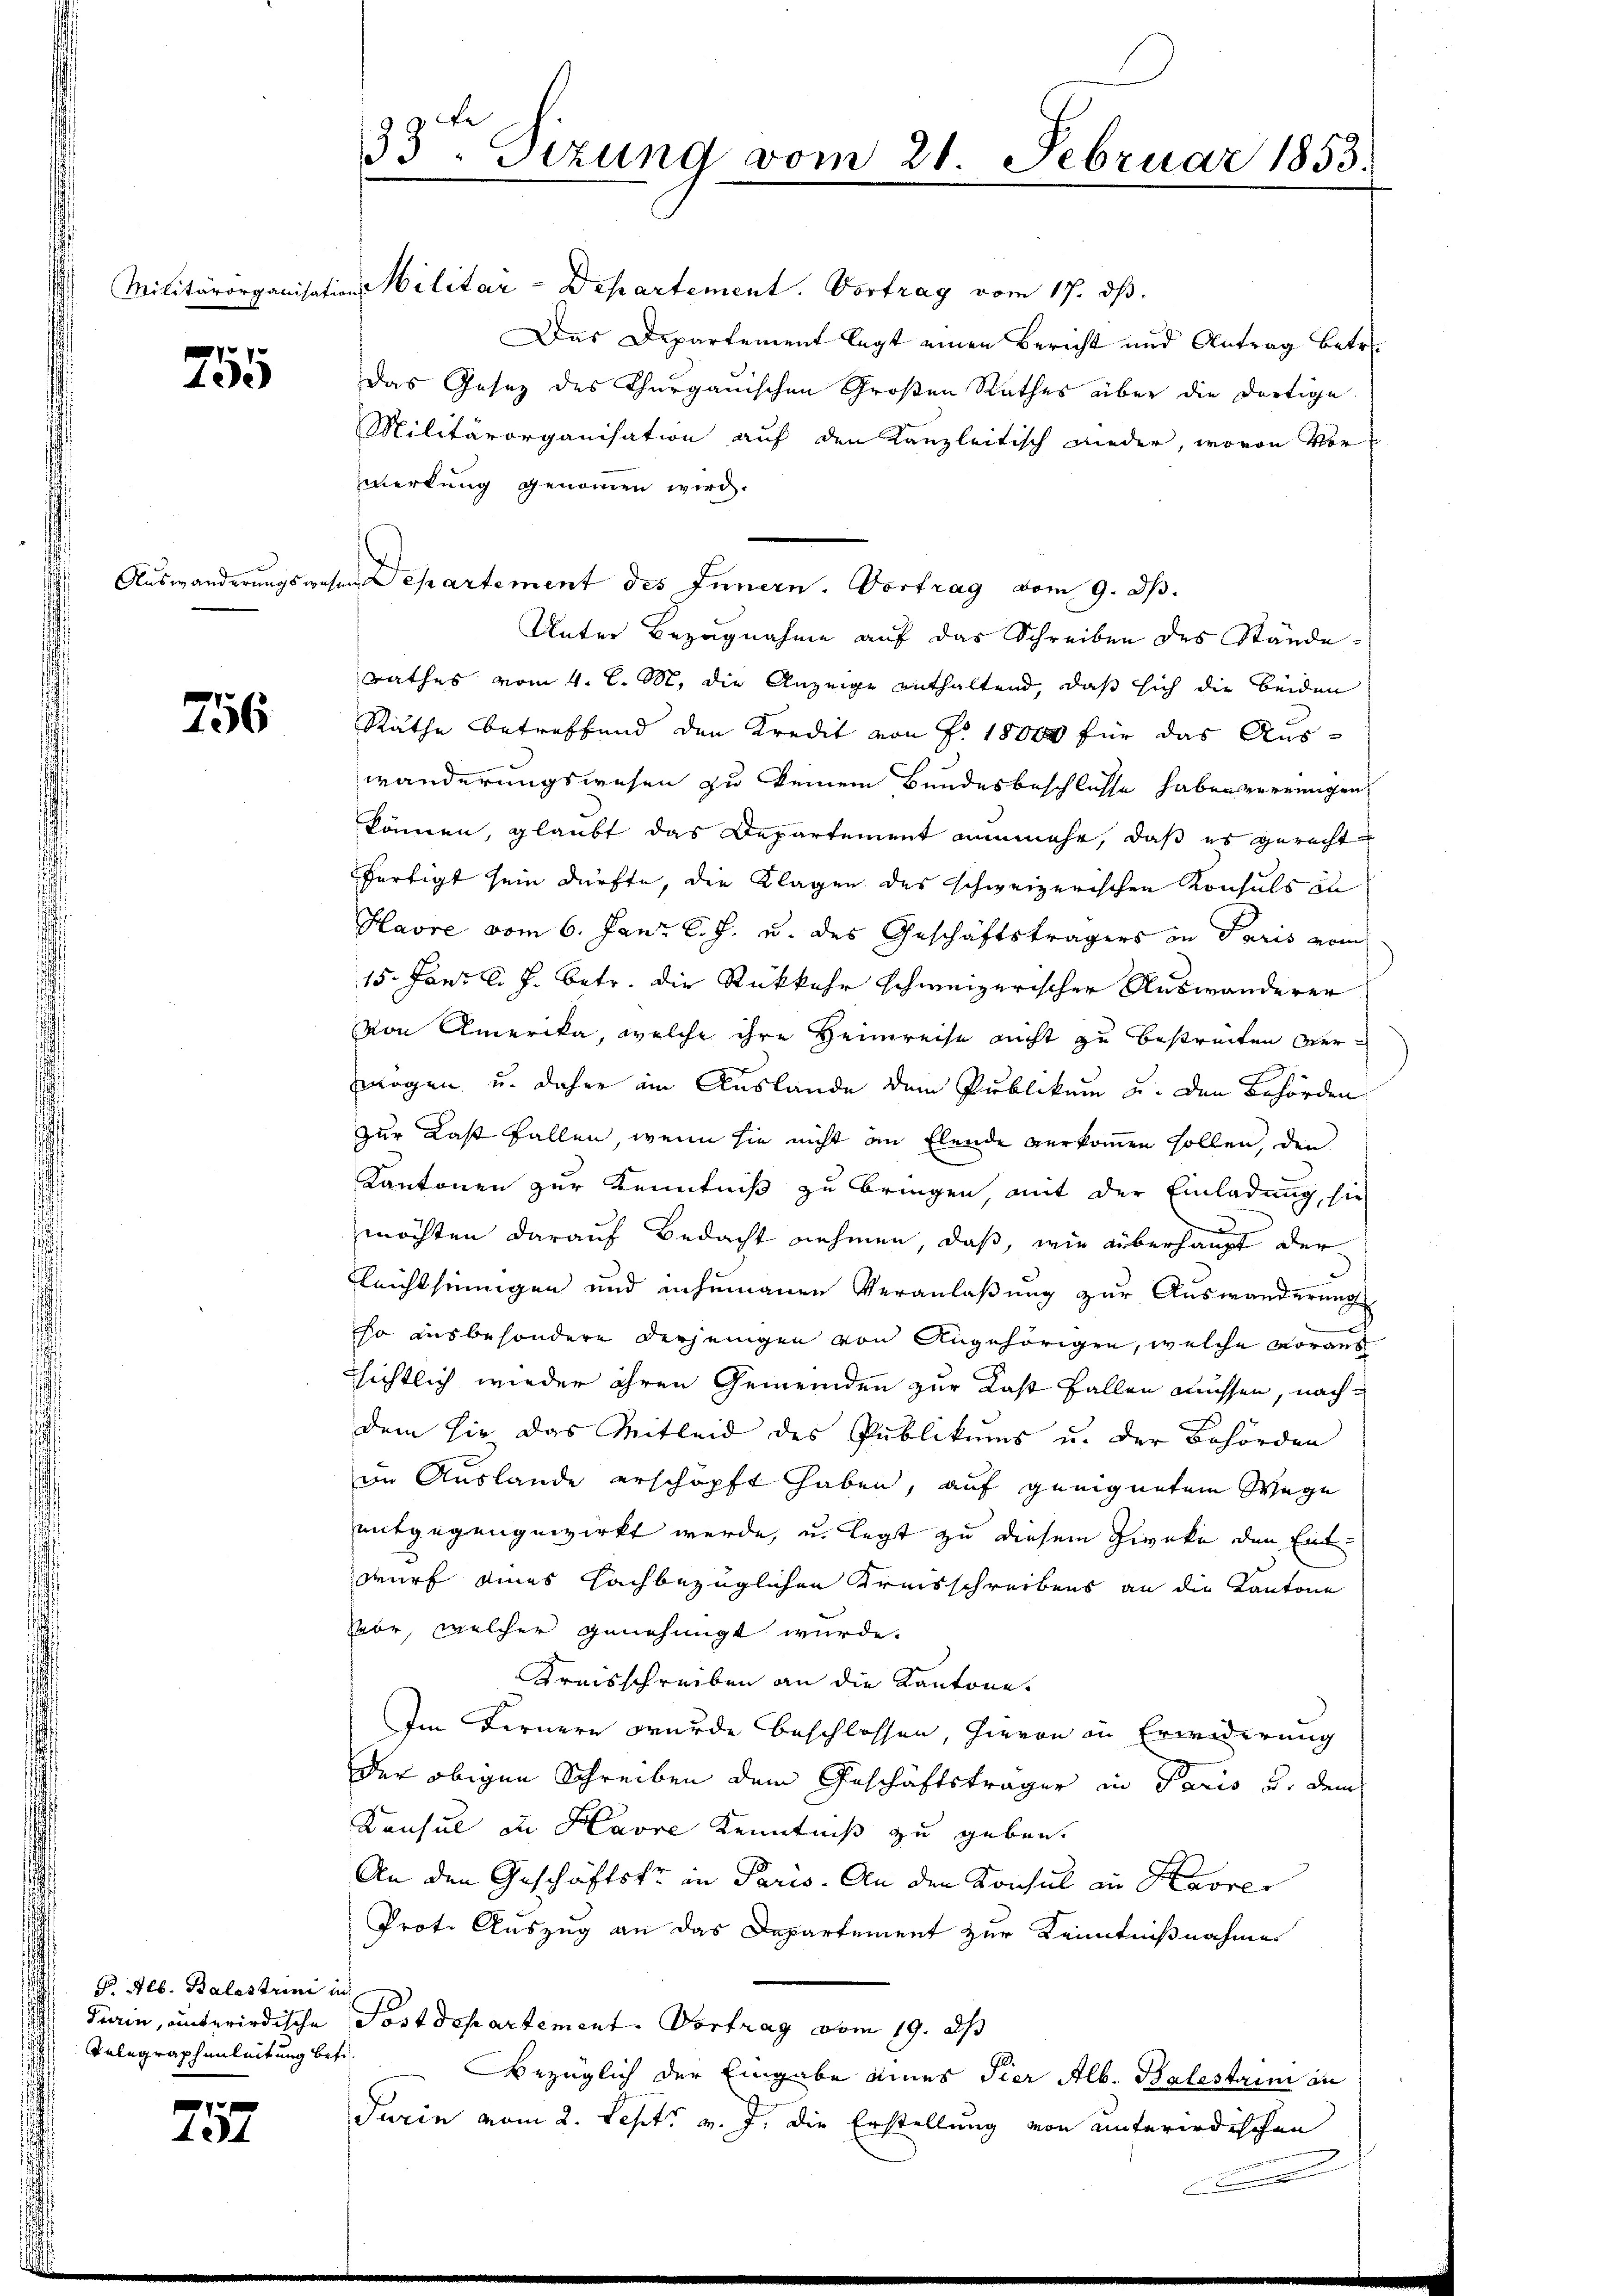
755

756

d. Alb. Balestrini in
Telegraphenleitung betr

7
424

33. Sizung vom 21 Februar 1853.
e

Militärorganisation Militar-Departement. Vortrag vom 17. dβ.
Das Departement legt einen Bericht und Antrag betr.
Das Gesetz des Thurgauischen Großen Rathes über die dortige
Militärorganisation auf den Kanzleitisch wieder, wovon Vor
zwerkung genommen wird.
Auswanderungswesen Departement des Innern. Vortrag vom 9. d.
Unter Bezugnahme auf das Schreiben des Ständerathes vom 4. l. M. die Anzeige enthaltend, daß sich die beiden
Räthe betreffend den Kredit von Fr. 18000 für das Auswänderungswesen zu keinem Bundesbeschlüsse haben vereinigen
können, glaubt das Departement nunmehr, daß es gerecht
fertigt sein dürfte, die Klagen des schweizerischen Konsuls zu
Havre vom 6. Jani l. J. u. des Geschäftsträgers in Paris vom
15. Janz l. J. betr. die Rückkehr schweizerischer Auswanderer
von Amerika, welche ihre Heimreise nicht zu bestreiten Ver¬
.
mögen u. daher im Auslande dem Publikum u. den Behörden
zur Last fallen, wenn sie nicht an Elende verkommen sollen, den
Kantonen zur Kenntniß zu bringen, mit der Einladung, sie
möchten darauf Bedacht nehmen, daß, wie überhaupt der
leichtsinnigen und inhumanen Veranlaßung zur Auswanderung
so ausbesondere derjenigen von Angehörigen, welche voraus
sichtlich wieder ihren Gemeinden zur Last fallen müssen, nach
dem hie das Mitleid des Publikums u. der Behörden
im Auslande erschöpft haben, auf geeignetem Wege
entgegengewirkt werde, u. legt zu diesem Ziveke den Entwurf eines Fachbezüglichen Kreisschreibens an die Kantone
vor, welcher genehmigt wurde.
Kreisschreiben an die Kantone.
Im Fernern wurde beschlossen, hievon in Erwiderung
der obigen Schreiben dem Geschäftsträger in Paris v. dem
Konsul in Havre Kenntniß zu geben.
An den Geschäftskr in Paris. An den Konsul an Havre
Prot. Auszug an das Departement zur Kenntnißnahme
Turin, unterirdische Postdepartement. Vortrag vom 19. ds
Bezüglich der Eingabe eines Tier Alb. Balestain an
Turin vom 2. Sept. v. J. die Erstellung von unterirdischen

.